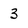
Character: 3